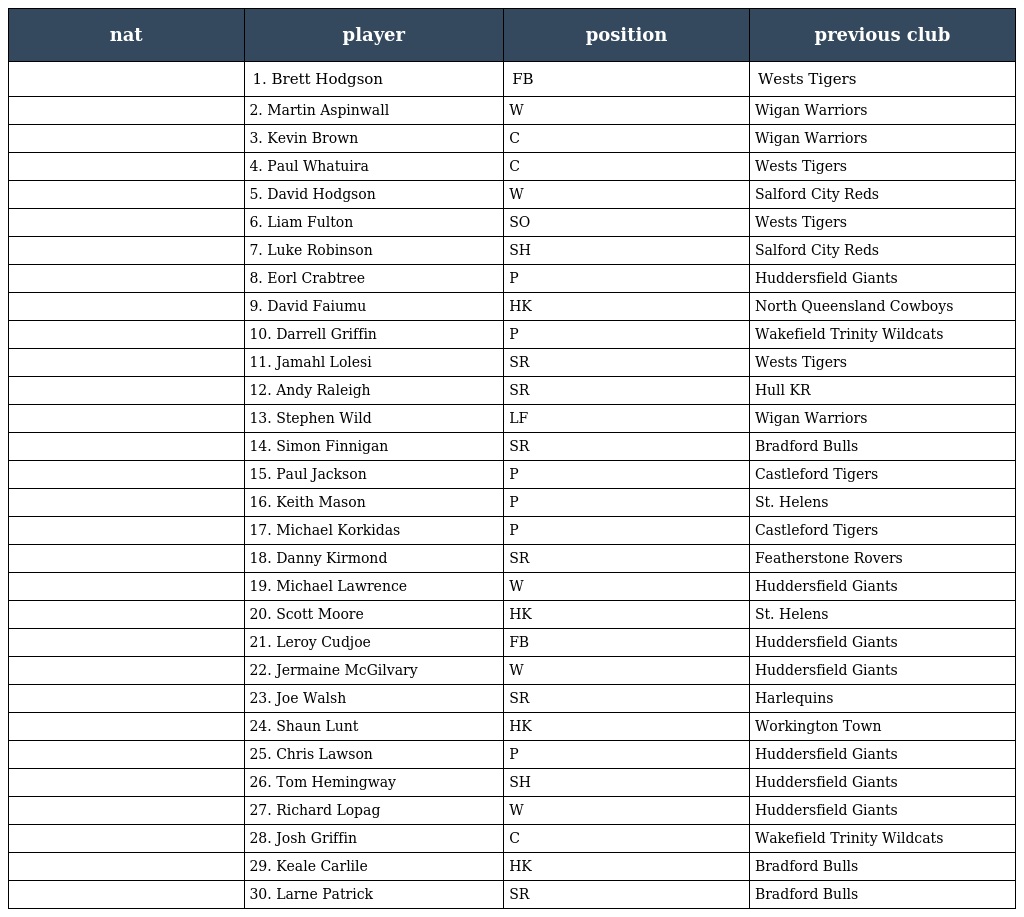
| nat | player | position | previous club |
 | --- | --- | --- | --- |
 |  | 1. Brett Hodgson | FB | Wests Tigers |
 |  | 2. Martin Aspinwall | W | Wigan Warriors |
 |  | 3. Kevin Brown | C | Wigan Warriors |
 |  | 4. Paul Whatuira | C | Wests Tigers |
 |  | 5. David Hodgson | W | Salford City Reds |
 |  | 6. Liam Fulton | SO | Wests Tigers |
 |  | 7. Luke Robinson | SH | Salford City Reds |
 |  | 8. Eorl Crabtree | P | Huddersfield Giants |
 |  | 9. David Faiumu | HK | North Queensland Cowboys |
 |  | 10. Darrell Griffin | P | Wakefield Trinity Wildcats |
 |  | 11. Jamahl Lolesi | SR | Wests Tigers |
 |  | 12. Andy Raleigh | SR | Hull KR |
 |  | 13. Stephen Wild | LF | Wigan Warriors |
 |  | 14. Simon Finnigan | SR | Bradford Bulls |
 |  | 15. Paul Jackson | P | Castleford Tigers |
 |  | 16. Keith Mason | P | St. Helens |
 |  | 17. Michael Korkidas | P | Castleford Tigers |
 |  | 18. Danny Kirmond | SR | Featherstone Rovers |
 |  | 19. Michael Lawrence | W | Huddersfield Giants |
 |  | 20. Scott Moore | HK | St. Helens |
 |  | 21. Leroy Cudjoe | FB | Huddersfield Giants |
 |  | 22. Jermaine McGilvary | W | Huddersfield Giants |
 |  | 23. Joe Walsh | SR | Harlequins |
 |  | 24. Shaun Lunt | HK | Workington Town |
 |  | 25. Chris Lawson | P | Huddersfield Giants |
 |  | 26. Tom Hemingway | SH | Huddersfield Giants |
 |  | 27. Richard Lopag | W | Huddersfield Giants |
 |  | 28. Josh Griffin | C | Wakefield Trinity Wildcats |
 |  | 29. Keale Carlile | HK | Bradford Bulls |
 |  | 30. Larne Patrick | SR | Bradford Bulls |